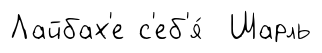
Лайбах'е с'еб'я́ Шарль